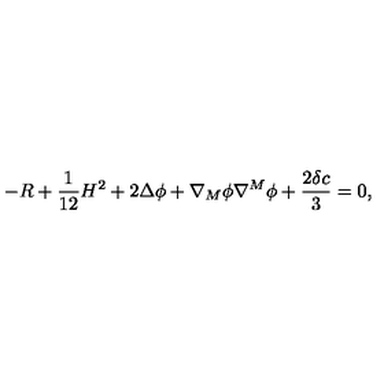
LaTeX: - R + \frac { 1 } { 1 2 } H ^ { 2 } + 2 \Delta \phi + \nabla _ { M } \phi \nabla ^ { M } \phi + \frac { 2 \delta c } { 3 } = 0 ,